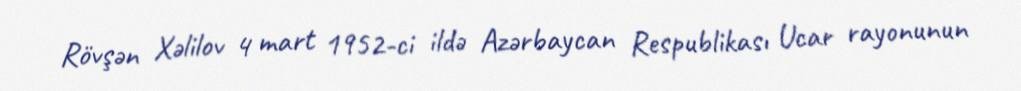
Rövşən Xəlilov 4 mart 1952-ci ildə Azərbaycan Respublikası Ucar rayonunun